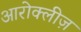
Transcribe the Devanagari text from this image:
आरोक्लीज़